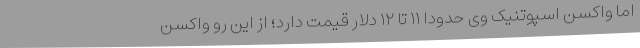
اما واکسن اسپوتنیک وی حدودا ۱۱ تا ۱۲ دلار قیمت دارد؛ از این رو واکسن